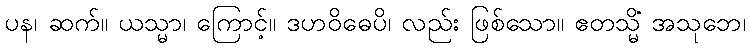
ပန၊ ဆက်။ ယသ္မာ၊ ကြောင့်။ ဒဟဝိဓေပိ၊ လည်း ဖြစ်သော။ ဧတသ္မိံ အသုဘေ၊